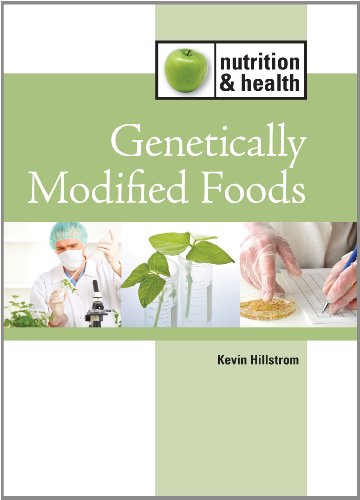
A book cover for Genetically Modified Foods (Nutrition and Health); Kevin Hillstrom; Health, Fitness & Dieting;